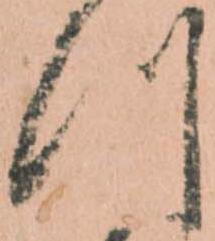
つ